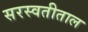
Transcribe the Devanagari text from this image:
सरस्वतीताल